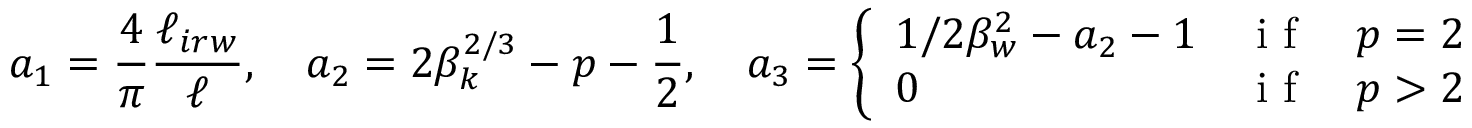
a _ { 1 } = \frac { 4 } { \pi } \frac { \ell _ { i r w } } { \ell } , \quad a _ { 2 } = 2 \beta _ { k } ^ { 2 / 3 } - p - \frac { 1 } { 2 } , \quad a _ { 3 } = \left\{ \begin{array} { l l } { 1 / 2 \beta _ { w } ^ { 2 } - a _ { 2 } - 1 } & { \mathrm { ~ i ~ f ~ } \quad p = 2 } \\ { 0 } & { \mathrm { ~ i ~ f ~ } \quad p > 2 } \end{array} \right.